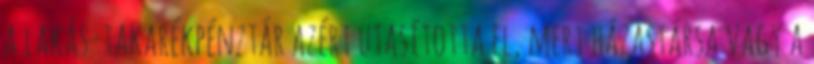
a lakás-takarékpénztár azért utasította el, mert házastársa vagy a